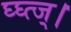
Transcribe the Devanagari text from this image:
घ्घ्त्ज्।